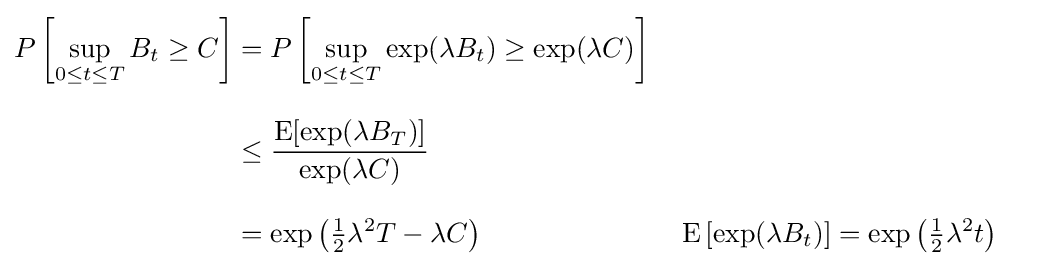
{\begin{aligned}P\left[\sup _{0\leq t\leq T}B_{t}\geq C\right]&=P\left[\sup _{0\leq t\leq T}\exp(\lambda B_{t})\geq \exp(\lambda C)\right]\\[8pt]&\leq {\frac {\operatorname {E} [\exp(\lambda B_{T})]}{\exp(\lambda C)}}\\[8pt]&=\exp \left({\tfrac {1}{2}}\lambda ^{2}T-\lambda C\right)&&\operatorname {E} \left[\exp(\lambda B_{t})\right]=\exp \left({\tfrac {1}{2}}\lambda ^{2}t\right)\end{aligned}}